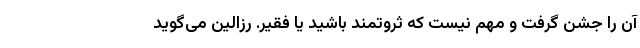
آن را جشن گرفت و مهم نیست که ثروتمند باشید یا فقیر. رزالین می‌گوید